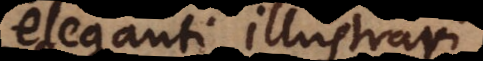
eleganti illustrari